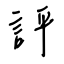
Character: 評